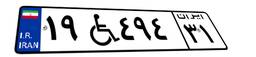
۱۹W۴۹۴۳۱